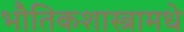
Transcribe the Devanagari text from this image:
भौतिकशास्त्रामधे